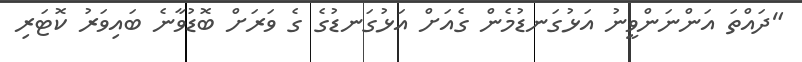
"ދައްތަ އަންނަންވީނު އަޅުގަނޑުމެން ގެއަށް އަޅުގަނޑުގެ ގެ ވަރަށް ބޮޑުވާނެ ބައިވަރު ކޮޓަރި